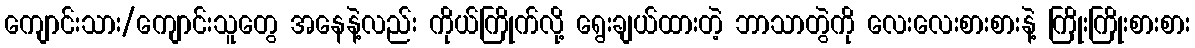
ကျောင်းသား/ကျောင်းသူတွေ အနေနဲ့လည်း ကိုယ်ကြိုက်လို့ ရွေးချယ်ထားတဲ့ ဘာသာတွဲကို လေးလေးစားစားနဲ့ ကြိုးကြိုးစားစား